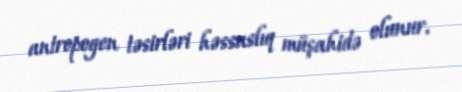
antropogen təsirləri həssaslıq müşahidə olunur.